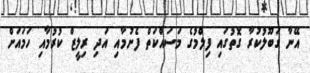
އޭނާ ގަބޫލުކުރާ ގޮތުގައި ފިލްމުގެ މަސައްކަތް ފެށުމާއި އަދި ރިލީޒް ކުރުމާއި ހަމައަށް